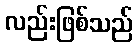
လည်းဖြစ်သည်